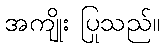
အကျိုး ပြုသည်။